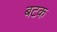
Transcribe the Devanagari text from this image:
बटक